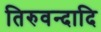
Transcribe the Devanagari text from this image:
तिरुवन्दादि